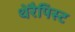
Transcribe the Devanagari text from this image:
थेरैपिस्ट